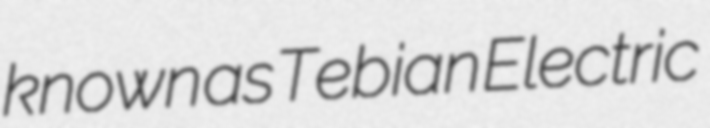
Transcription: known as Tebian Electric